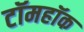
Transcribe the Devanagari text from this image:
टॉमहॉक